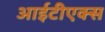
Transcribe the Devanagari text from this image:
आईटीएक्स